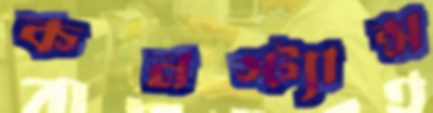
কনস্ট্যান্স